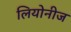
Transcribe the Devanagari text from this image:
लियोनीज